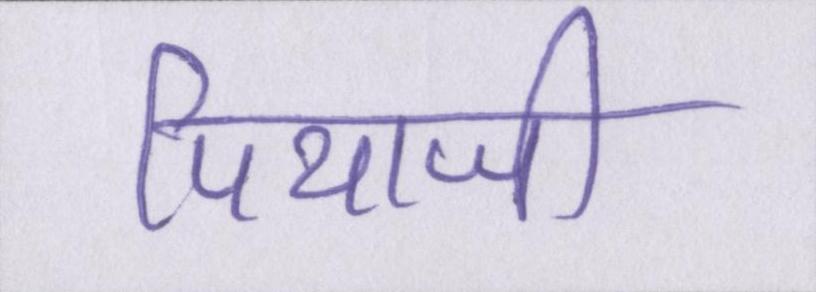
पियाजी